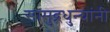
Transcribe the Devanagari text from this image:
सामुद्रधुन्यांनी